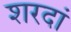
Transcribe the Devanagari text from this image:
शरदां